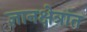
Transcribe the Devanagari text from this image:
ज्ञानक्षेत्रांत